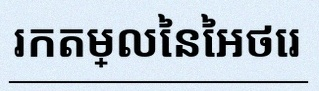
រកតម្លៃនៃអថេរ